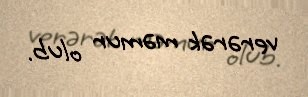
verərək məmur olub.